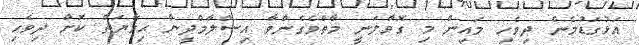
އަޅުގަޑުމެން ދިވެހި މައިން މި ގޮވާލަނީ މާތްވެގެންވާ އިސްލާމްދީން ޙިމާޔަތް ކޮށް ދިވެހި